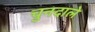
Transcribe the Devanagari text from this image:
चुनदाले